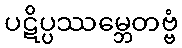
ပဋိပ္ပဿမ္ဘေတဗ္ဗံ